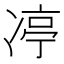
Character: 𪞨